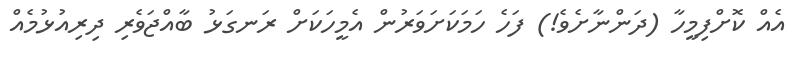
އެއް ކޮށްފިމީހާ (ދަންނާށެވެ!) ފަހެ ހަމަކަށަވަރުން އެމީހަކަށް ރަނގަޅު ބާއްޖަވެރި ދިރިއުޅުމެއް